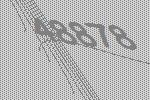
48878